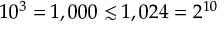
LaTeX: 1 0 ^ { 3 } = 1 , 0 0 0 \lesssim 1 , 0 2 4 = 2 ^ { 1 0 }